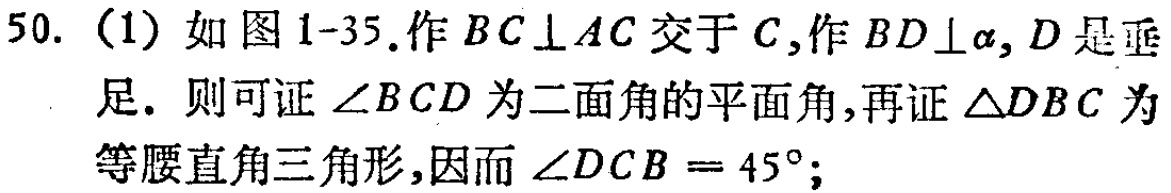
50. (1) 如图1-35.作\(BC\perp AC\)交于\(C\),作\(BD\perp\alpha\), \(D\)是垂足. 则可证\(\angle BCD\)为二面角的平面角,再证\(\triangle DBC\)为等腰直角三角形,因而\(\angle DCB = 45^{\circ}\);